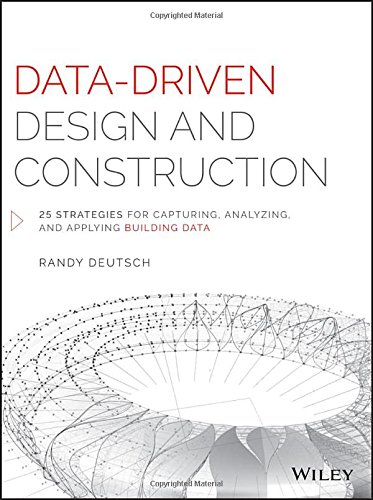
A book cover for Data-Driven Design and Construction: 25 Strategies for Capturing, Analyzing and Applying Building Data; Randy Deutsch; Arts & Photography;